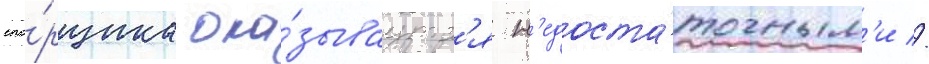
спо́рщика ока́зываутс'я н'едоста́точным'и //